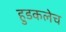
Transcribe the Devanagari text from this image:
हुडकलेच